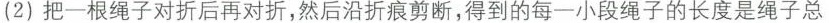
(2)把一根绳子对折后再对折，然后沿折痕剪断，得到的每一小段绳子的长度是绳子总